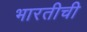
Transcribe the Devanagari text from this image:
भारतीची